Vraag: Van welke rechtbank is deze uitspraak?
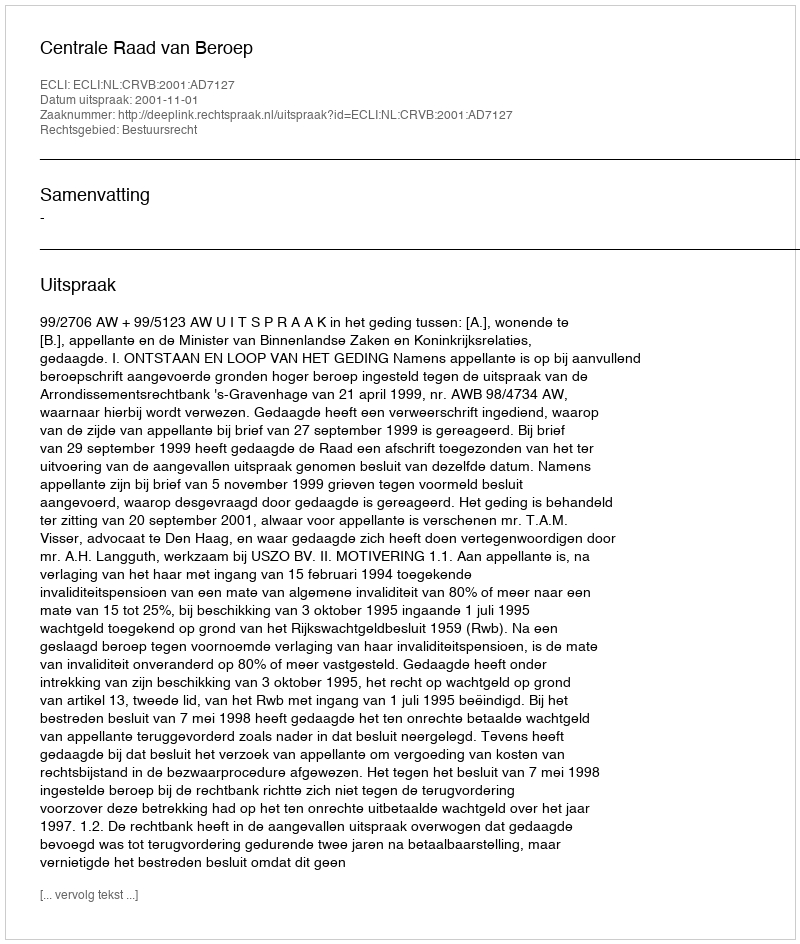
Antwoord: Centrale Raad van Beroep